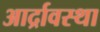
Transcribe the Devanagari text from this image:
आर्द्रावस्था